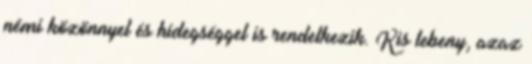
némi közönnyel és hidegséggel is rendelkezik. Kis lebeny, azaz